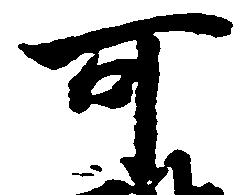
可